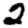
Digit: 2